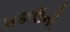
મકાઉની